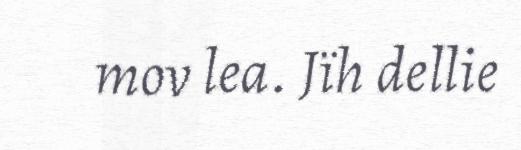
mov lea. Jïh dellie